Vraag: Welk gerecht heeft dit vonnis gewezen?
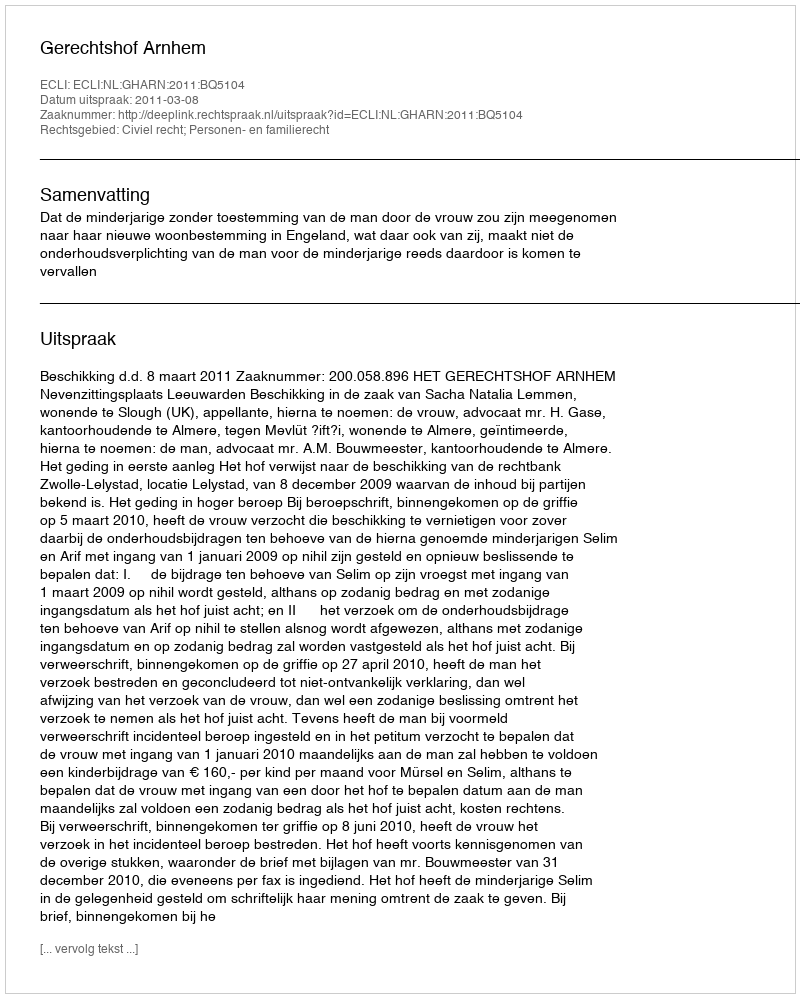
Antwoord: Gerechtshof Arnhem